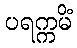
ပရက္ကမိံ